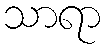
သာရာ